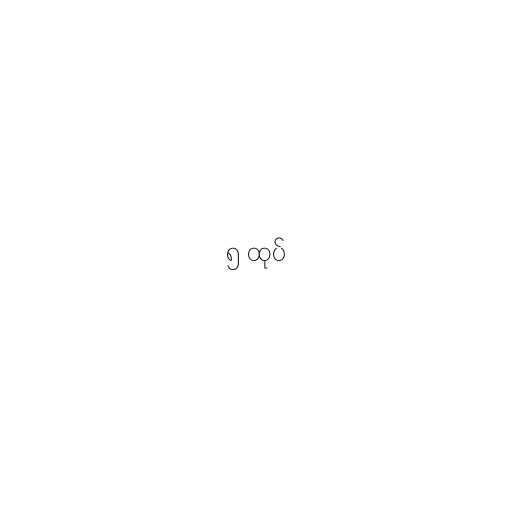
၅ ထုပ်